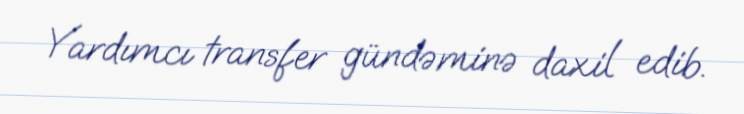
Yardımcı transfer gündəminə daxil edib.